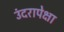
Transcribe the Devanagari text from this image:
उंदरापेक्षा